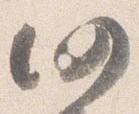
仍